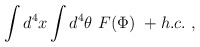
\begin{align*}\int d^4x\int d^4\theta\ F(\Phi)\ + h.c.\ , \end{align*}